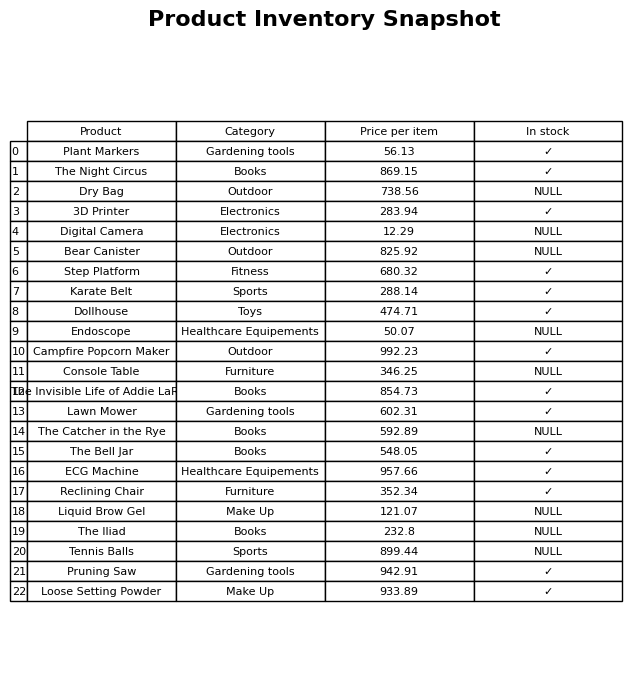
question: What is the stock status of the The Night Circus?
answer: ✓